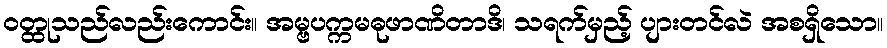
ဝတ္ထုသည်လည်းကောင်း။ အမ္ဗပက္ကမဓုဖာဏိတာဒိ၊ သရက်မှည့် ပျားတင်လဲ အစရှိသော။